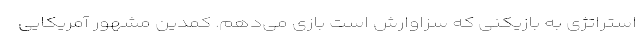
استراتژی به بازیکنی که سزاوارش است بازی می‌دهم. کمدین مشهور آمریکایی